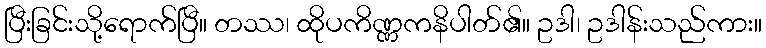
ပြီးခြင်းသို့ရောက်ပြီ။ တဿ၊ ထိုပကိဏ္ဏကနိပါတ်၏။ ဥဒါ၊ ဥဒါန်းသည်ကား။